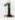
1